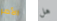
الأمر هل